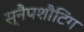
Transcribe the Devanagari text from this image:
स्नैपशौटिंग